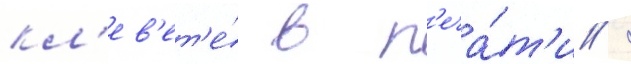
кл'ев'ет'е́ в п'еча́т'и /